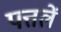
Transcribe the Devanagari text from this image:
पत्तलें